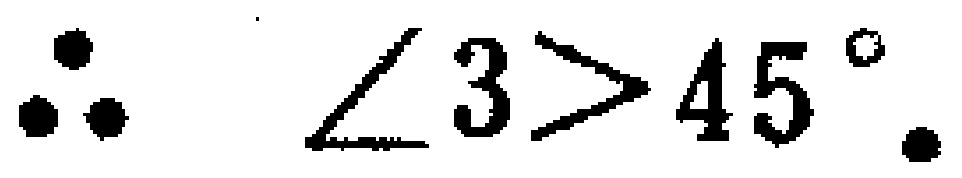
\(\therefore \angle 3>45^{\circ}.\)